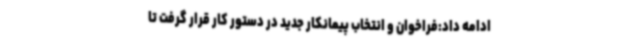
ادامه داد:فراخوان و انتخاب پیمانکار جدید در دستور کار قرار گرفت تا